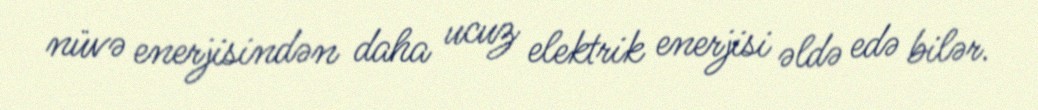
nüvə enerjisindən daha ucuz elektrik enerjisi əldə edə bilər.